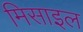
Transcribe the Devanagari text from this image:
मिसाइल